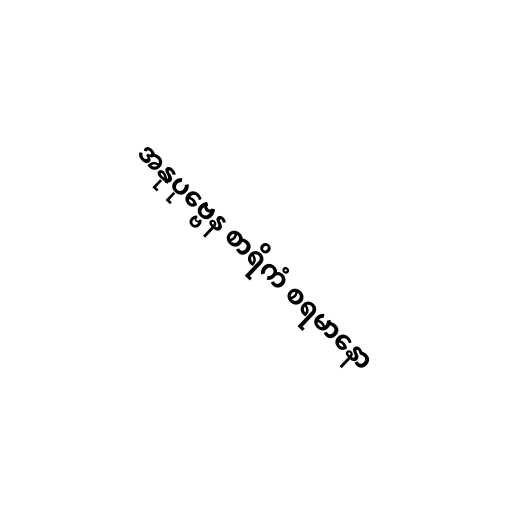
အနုပုဗ္ဗေန စာရိကံ စရမာနော